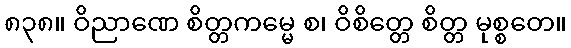
၈၃၈။ ဝိညာဏေ စိတ္တကမ္မေ စ၊ ဝိစိတ္တေ စိတ္တ မုစ္စတေ။